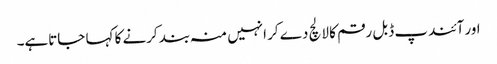
اور آئندپ ڈبل رقم کا لالچ دے کر انہیں منہ بند کرنے کا کہا جاتاہے۔